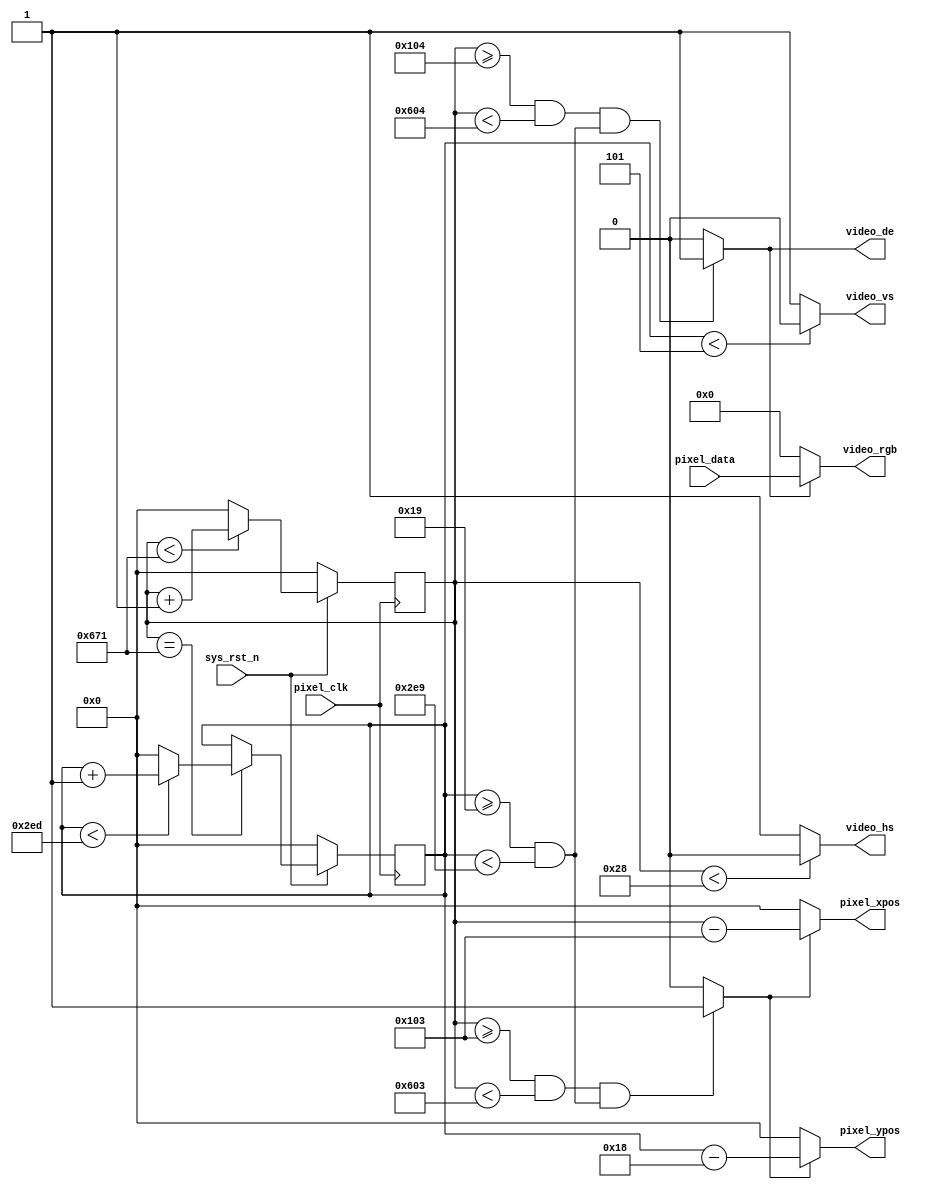
module video_driver(
    input           pixel_clk,
    input           sys_rst_n,
    
    //RGB
    output          video_hs,     //
    output          video_vs,     //
    output          video_de,     //
    output  [23:0]  video_rgb,    //RGB888
    
    input   [23:0]  pixel_data,   //
    output  [10:0]  pixel_xpos,   //
    output  [10:0]  pixel_ypos    //
);

//parameter define

//1280*720 
parameter  H_SYNC   =  11'd40;   //
parameter  H_BACK   =  11'd220;  //
parameter  H_DISP   =  11'd1280; //
parameter  H_FRONT  =  11'd110;  //
parameter  H_TOTAL  =  11'd1650; //

parameter  V_SYNC   =  11'd5;    //
parameter  V_BACK   =  11'd20;   //
parameter  V_DISP   =  11'd720;  //
parameter  V_FRONT  =  11'd5;    //
parameter  V_TOTAL  =  11'd750;  //

//reg define
reg  [10:0] cnt_h;
reg  [10:0] cnt_v;

//wire define
wire       video_en;
wire       data_req;

//*****************************************************
//**                    main code
//*****************************************************

assign video_de  = video_en;

assign video_hs  = ( cnt_h < H_SYNC ) ? 1'b0 : 1'b1;  //
assign video_vs  = ( cnt_v < V_SYNC ) ? 1'b0 : 1'b1;  //

//RGB
assign video_en  = (((cnt_h >= H_SYNC+H_BACK) && (cnt_h < H_SYNC+H_BACK+H_DISP))
                 &&((cnt_v >= V_SYNC+V_BACK) && (cnt_v < V_SYNC+V_BACK+V_DISP)))
                 ?  1'b1 : 1'b0;

//RGB888
assign video_rgb = video_en ? pixel_data : 24'd0;

//
assign data_req = (((cnt_h >= H_SYNC+H_BACK-1'b1) && 
                    (cnt_h < H_SYNC+H_BACK+H_DISP-1'b1))
                  && ((cnt_v >= V_SYNC+V_BACK) && (cnt_v < V_SYNC+V_BACK+V_DISP)))
                  ?  1'b1 : 1'b0;

//
assign pixel_xpos = data_req ? (cnt_h - (H_SYNC + H_BACK - 1'b1)) : 11'd0;
assign pixel_ypos = data_req ? (cnt_v - (V_SYNC + V_BACK - 1'b1)) : 11'd0;

//
always @(posedge pixel_clk ) begin
    if (!sys_rst_n)
        cnt_h <= 11'd0;
    else begin
        if(cnt_h < H_TOTAL - 1'b1)
            cnt_h <= cnt_h + 1'b1;
        else 
            cnt_h <= 11'd0;
    end
end

//
always @(posedge pixel_clk ) begin
    if (!sys_rst_n)
        cnt_v <= 11'd0;
    else if(cnt_h == H_TOTAL - 1'b1) begin
        if(cnt_v < V_TOTAL - 1'b1)
            cnt_v <= cnt_v + 1'b1;
        else 
            cnt_v <= 11'd0;
    end
end

endmodule